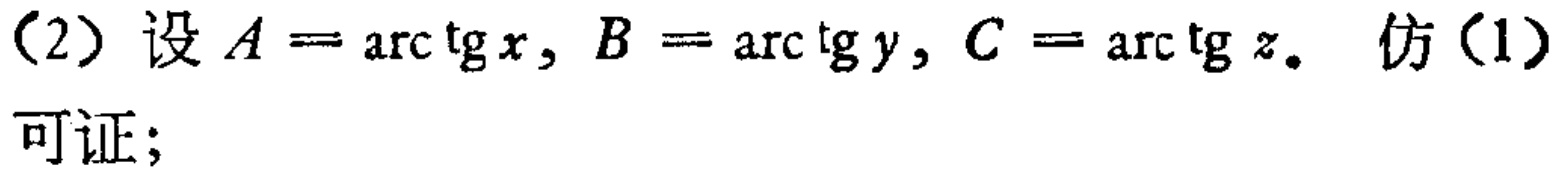
(2) 设 \(A = \arctan x\), \(B = \arctan y\), \(C = \arctan z\). 仿(1)可证;